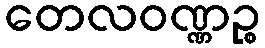
တေလဝဏ္ဏဉ္စ